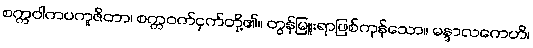
စက္ကဝါကပကူဇိတာ၊ စက္ကဝက်ငှက်တို့၏။ တွန်မြူးရာဖြစ်ကုန်သော။ မန္ဒာလကေဟိ၊